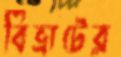
বিভ্রাটের